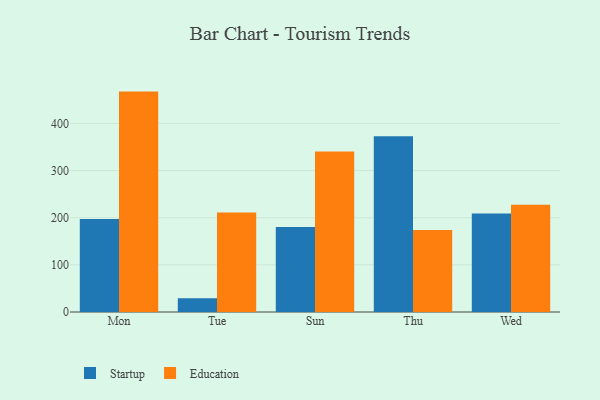
{"axis": {"x": "Day", "y": "Net Income (USD K)"}, "legend": ["Education", "Startup"], "data": [{"x": "Mon", "y": 197.3, "type": "Startup"}, {"x": "Mon", "y": 467.5, "type": "Education"}, {"x": "Tue", "y": 29.0, "type": "Startup"}, {"x": "Tue", "y": 210.8, "type": "Education"}, {"x": "Sun", "y": 180.2, "type": "Startup"}, {"x": "Sun", "y": 340.3, "type": "Education"}, {"x": "Thu", "y": 372.9, "type": "Startup"}, {"x": "Thu", "y": 173.7, "type": "Education"}, {"x": "Wed", "y": 208.7, "type": "Startup"}, {"x": "Wed", "y": 227.3, "type": "Education"}]}